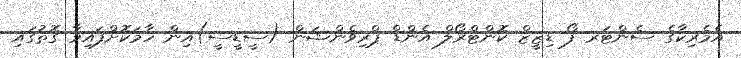
އެމެރިކާގެ ސެންޓަރ ފޯ ޑިޒީޒް ކޮންޓްރޯލް އެންޑް ޕްރިވެންޝަން (ސީޑީސީ)އިން ހާމަކޮށްފައިވާ ގޮތުގައި